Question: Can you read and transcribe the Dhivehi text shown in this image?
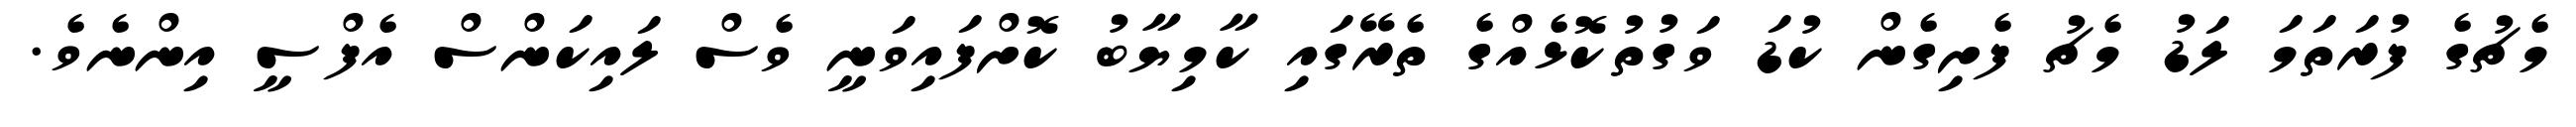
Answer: މެޗުގެ ފުރަތަމަ ލަޑު މެޗު ފެށިގެން ކުޑަ ވަގުތުކޮޅެއްގެ ތެރޭގައި ކާމިޔާބު ކޮށްފައިވަނީ ވެސް ލައިކަންސް އެފްސީ އިންނެވެ.